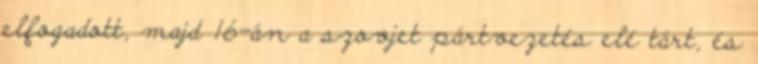
elfogadott, majd 16-án a szovjet pártvezetés elé tárt, és